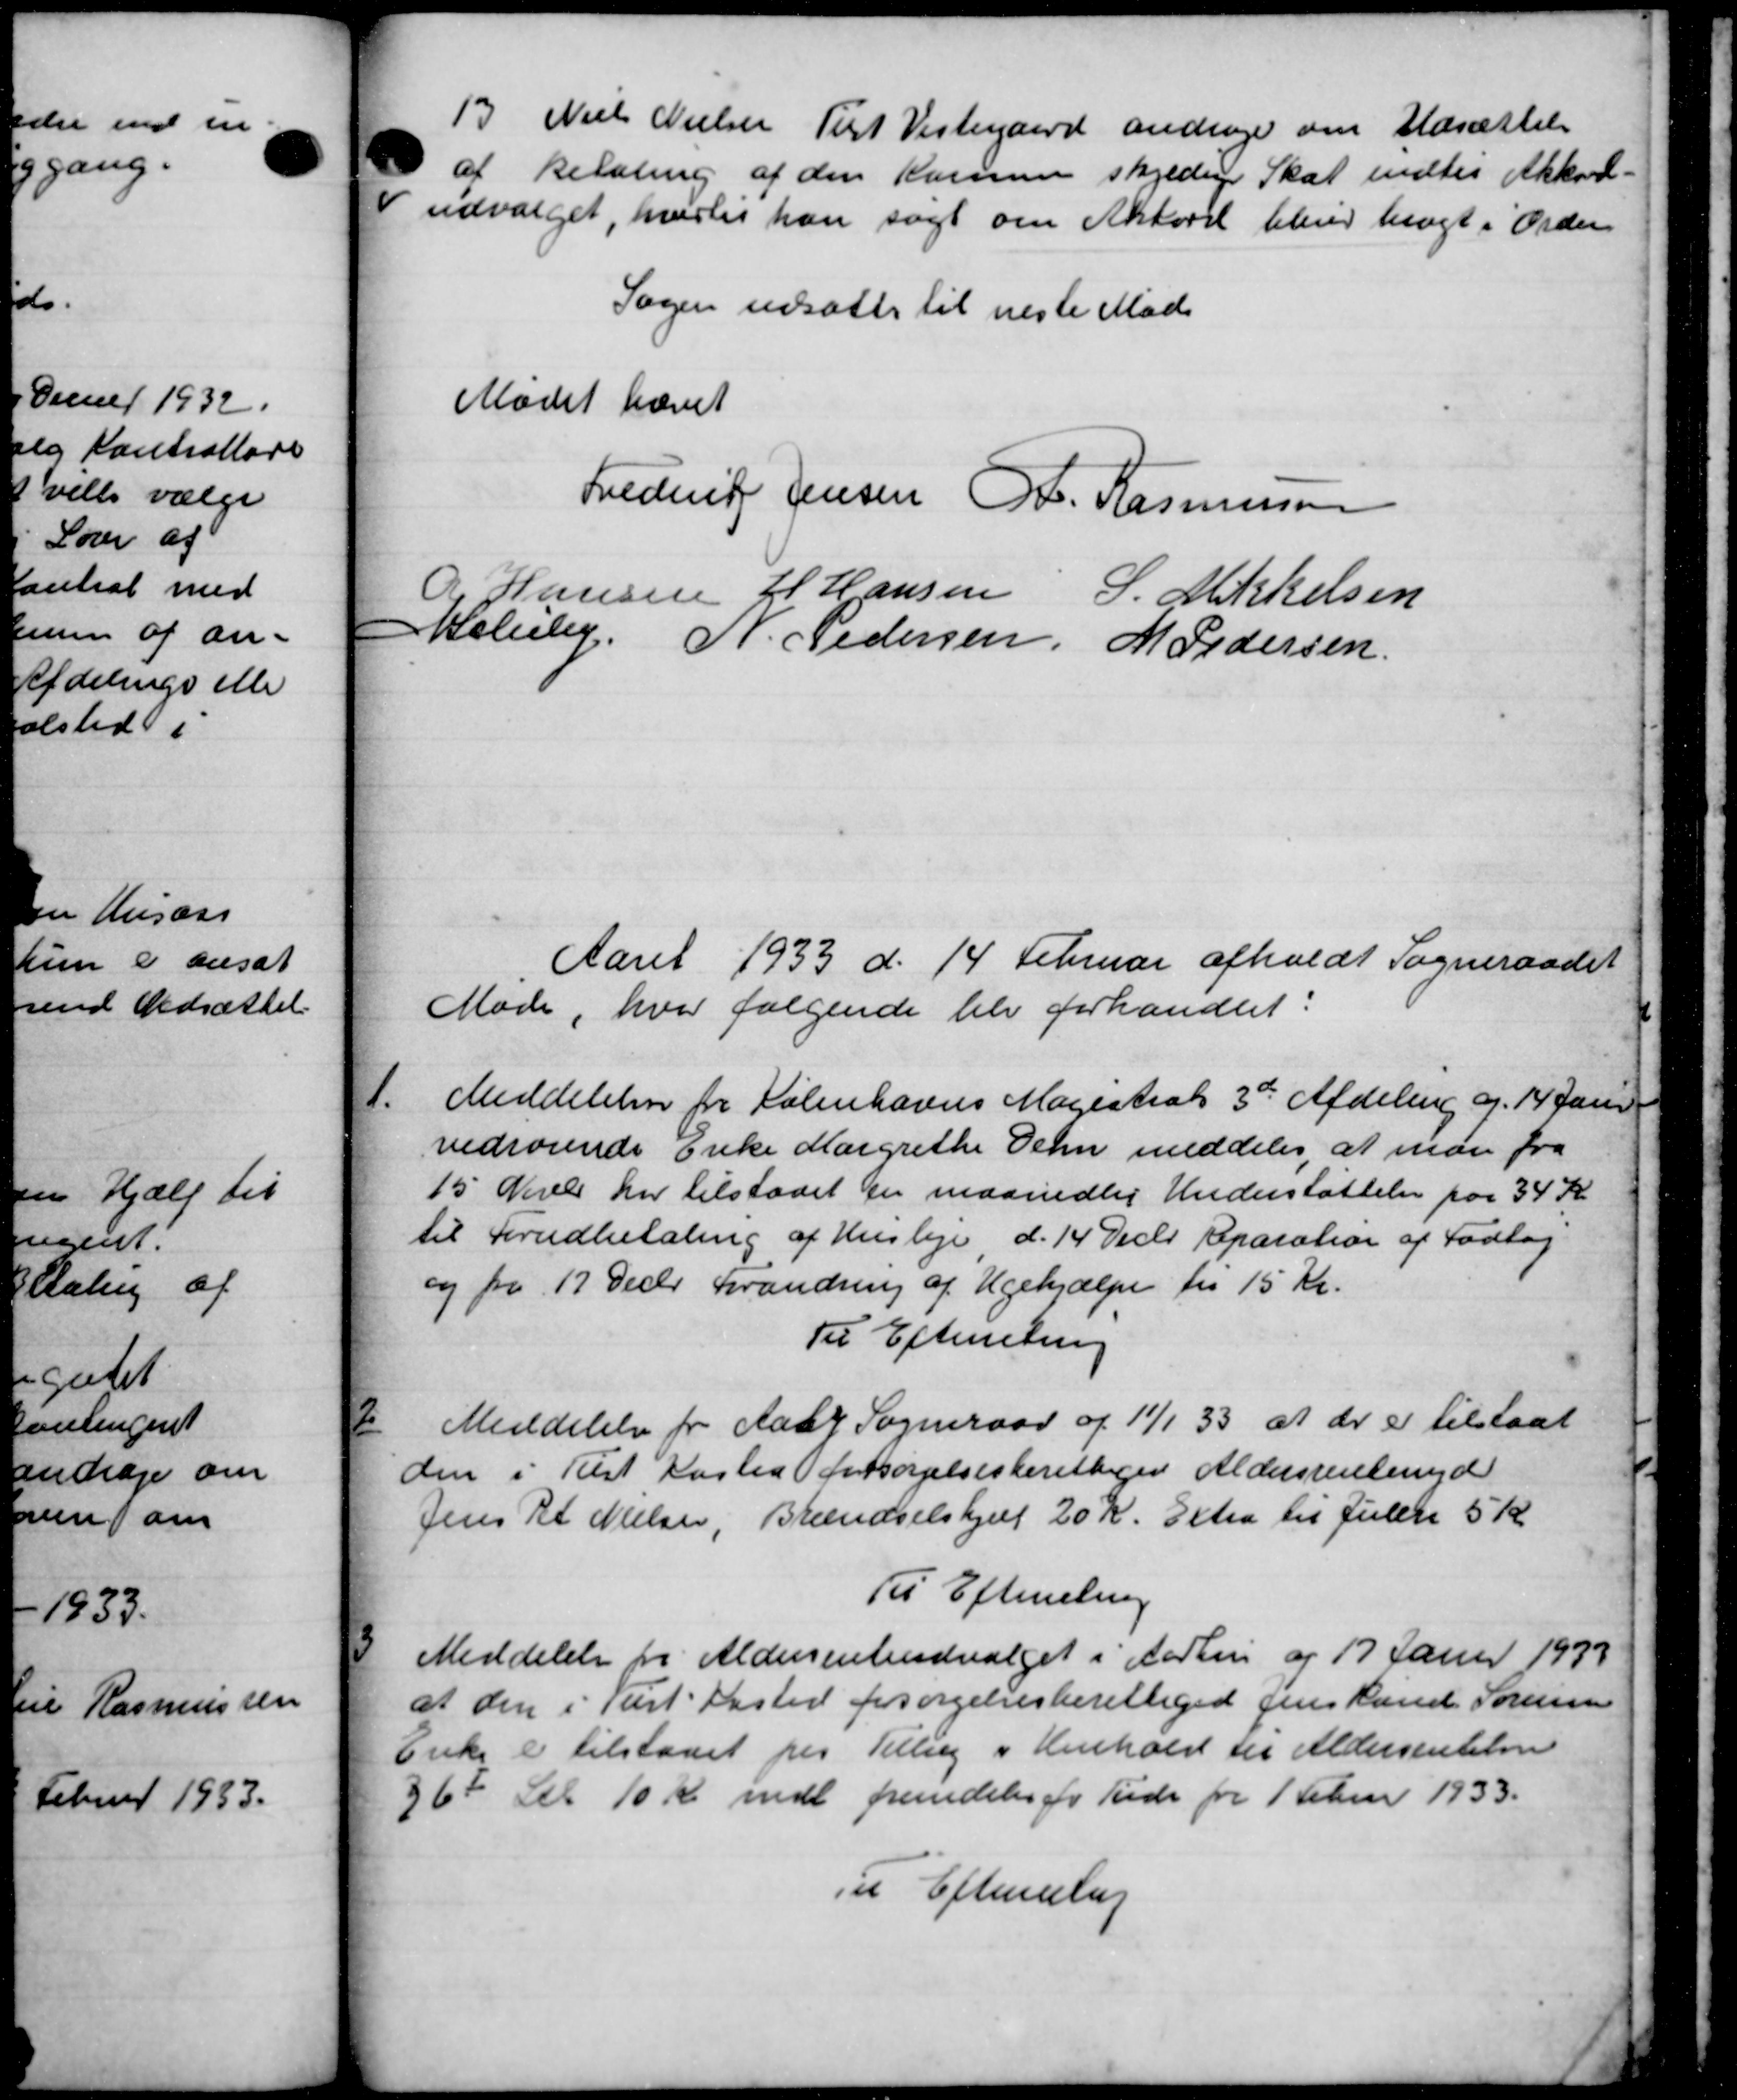
Transskription:
13 Niels Nielsen Tert Vestergaard andrager om Udsættelse
af Betaling af den Kommen skjedige Skat endtes Akkord-
Vudvalget, hvortil han søgt om Aktoret bliver bragt i Orden
Sagen udsætte til næste Møde
Mødet hævet
Frederik Jensen R. Rasmussen
R Hansen H Hansen S. Mikkelsen
Møleby. N. Pedersen M Pedersen
Aaret 1933 d. 14 Februar afholdt Sogneraadet
Møde, hvor følgende blev forhandlet
1.
Meddelelser for Københavns Magistrat 3de Afdeling af 14 Juni
vedrørende Enke Margrethe Oehn meddeler, at man fra
15 Niver har tilstaaet der maanedlig Understøttelse paa 34 Kr
til Forudbetaling af Husleje d. 14 Decbr. Reparation af Fodtag
og fra 17 Decbr Forandring af Ugehjælpe fra 15 Kr.
Til Efterretning
2
Meddelelse for Aaby Sogneraad af 11/1 33 at der er tilstaaet
den i Rest Kasted forsørgelsesberettiger Aldersrentenyd
Jens R Nielsen, Brændselshjælp 20 Kr. Extra til Julen 5 Kr.
Til Efterretning
3
Meddelelse fra Aldersrenteudvalget i Aarhus af 17 Janur 1937
at den i Vist Kasted forsørgelsesberettiget Jens Knud Sørensen
Enke er tilstaaet paa Tillæg i Henhold til Aldersrentelsen
36 Stk 10 Kr mdl fremdeles for Tide for 1 Februar 1933.
Ti Efterretning